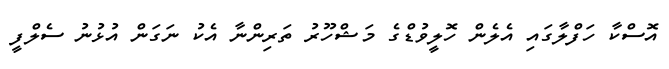
އޮސްކާ ހަފްލާގައި އެލެން ހޮލީވުޑްގެ މަޝްހޫރު ތަރިންނާ އެކު ނަގަން އުޅުނު ސެލްފީ